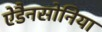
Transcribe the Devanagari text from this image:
ऐडैनसोनिया